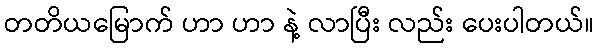
တတိယမြောက် ဟာ ဟာ နဲ့ လာပြီး လည်း ပေးပါတယ်။